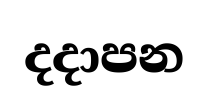
දදාපන